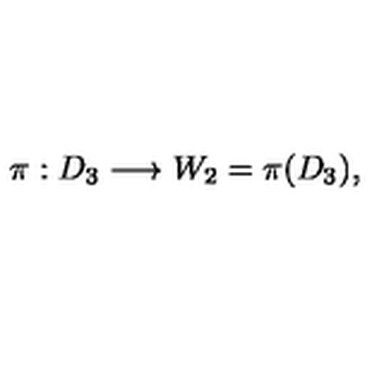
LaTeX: \pi : D _ { 3 } \longrightarrow W _ { 2 } = \pi ( D _ { 3 } ) ,